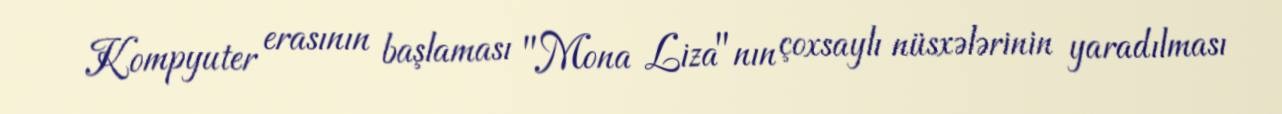
Kompyuter erasının başlaması "Mona Liza"nın çoxsaylı nüsxələrinin yaradılması